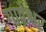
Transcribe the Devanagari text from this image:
गापेश्वर